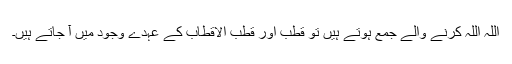
اللہ اللہ کرنے والے جمع ہوتے ہیں تو قطب اور قطب الاقطاب کے عہدے وجود میں آ جاتے ہیں۔